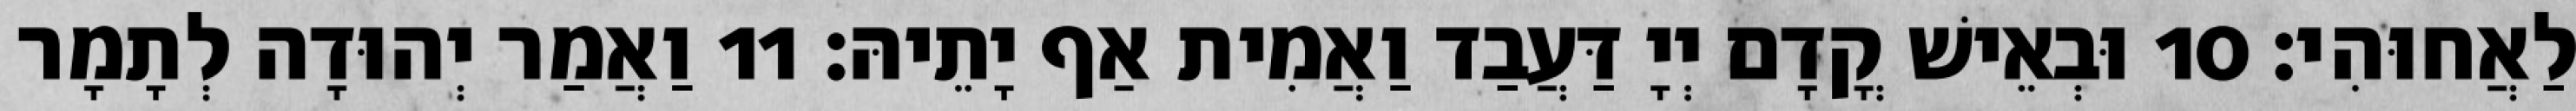
לַאֲחוּהִי׃ 10 וּבְאֵישׁ קֳדָם יְיָ דַּעֲבַד וַאֲמִית אַף יָתֵיהּ׃ 11 וַאֲמַר יְהוּדָה לְתָמָר